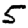
Digit: 5